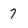
Character: 7